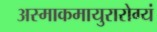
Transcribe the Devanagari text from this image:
अस्माकमायुरारोग्यं